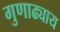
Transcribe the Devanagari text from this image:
गुणाढ्याय